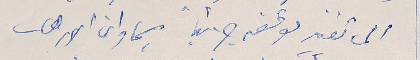
الى تغيير موقفه جزئياً سيما وان الارهاب